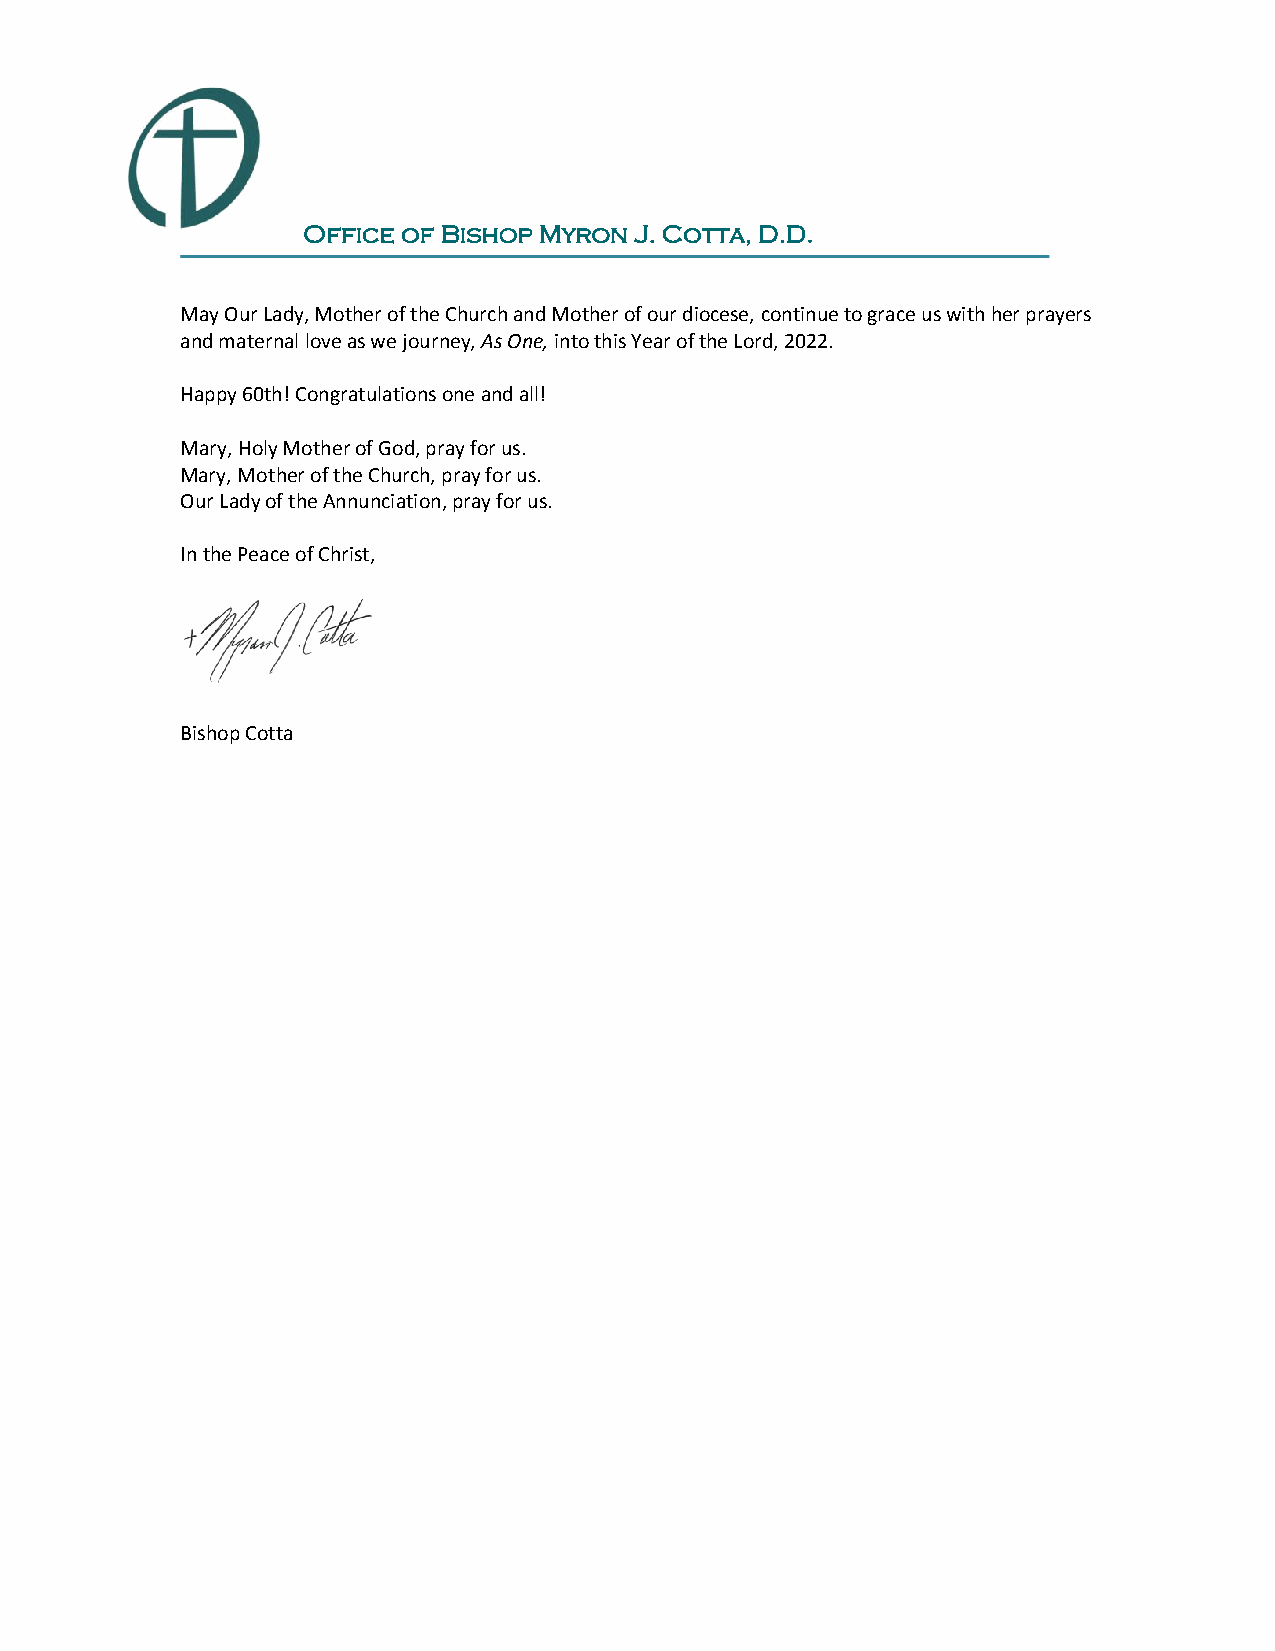
Office of Bishop Myron J. Cotta, D.D.
 May Our Lady, Mother of the Church and Mother of our diocese, continue to grace us with her prayers
 and maternal love as we journey, As One, into this Year of the Lord, 2022.
 Happy 60th! Congratulations one and all!
 Mary, Holy Mother of God, pray for us.
 Mary, Mother of the Church, pray for us.
 Our Lady of the Annunciation, pray for us.
 In the Peace of Christ,
 Bishop Cotta